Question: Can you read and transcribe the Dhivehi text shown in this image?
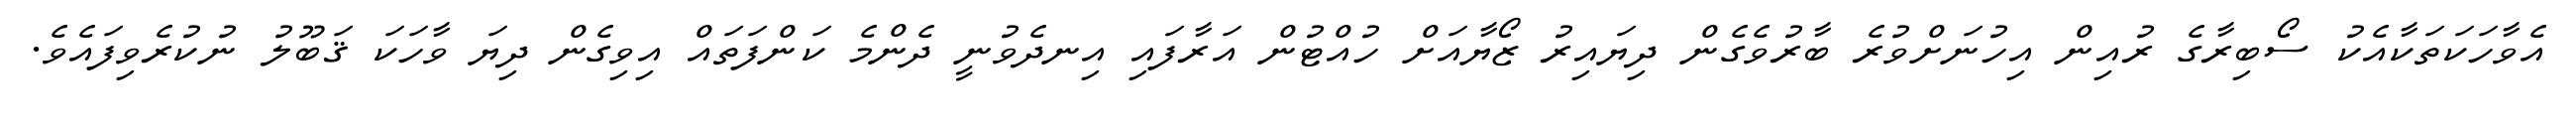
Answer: އެވާހަކަތަކާއެކު ސޯބިރާގެ ރުއިން އިހުނަށްވުރެ ބާރުވެގެން ދިޔައިރު ޒޯޔާއަށް ހުއްޓުން އަރާފައި އިނދެވުނީ ދެންމެ ކަންފަތައް އިވިގެން ދިޔަ ވާހަކަ ޤަބޫލު ނުކުރެވިފައެވެ.